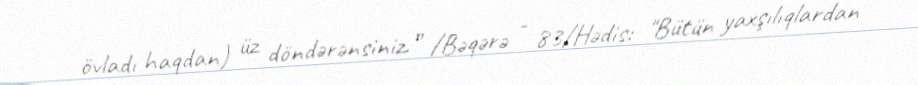
övladı haqdan) üz döndərənsiniz.” /Bəqərə - 83/Hədis: "Bütün yaxşılıqlardan